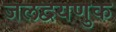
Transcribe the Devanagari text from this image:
जलद्वयणुक